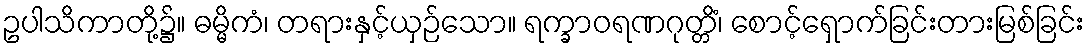
ဥပါသိကာတို့၌။ ဓမ္မိကံ၊ တရားနှင့်ယှဉ်သော။ ရက္ခာဝရဏဂုတ္တိံ၊ စောင့်ရှောက်ခြင်းတားမြစ်ခြင်း